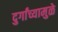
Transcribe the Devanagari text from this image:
दुर्गांच्यामुळे